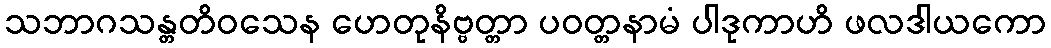
သဘာဂသန္တတိဝသေန ဟေတုနိဗ္ဗတ္တာ ပဝတ္တနာမံ ပါဒုကာဟိ ဖလဒါယကော